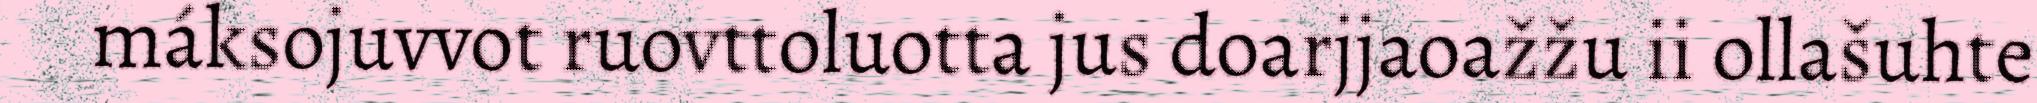
máksojuvvot ruovttoluotta jus doarjjaoažžu ii ollašuhte